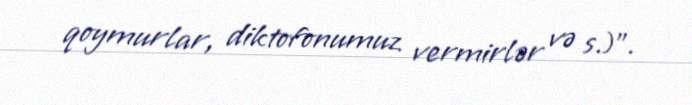
qoymurlar, diktofonumuz vermirlər və s.)”.